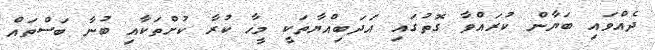
ދެއްވައި ބަޔާން ކުރައްވާ ގޮތުގައި އަދަބިއްޔާތަކީ މީހާ ކުރާ ކުށްތަކާއި ބުނާ ބަސްތައް